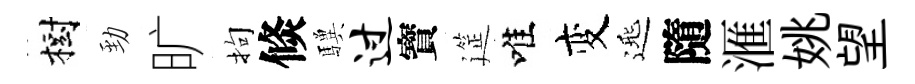
樹勁旷拘倐驥过寳筵唯变𨓱隨滙姚望